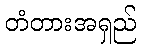
တံတားအရှည်